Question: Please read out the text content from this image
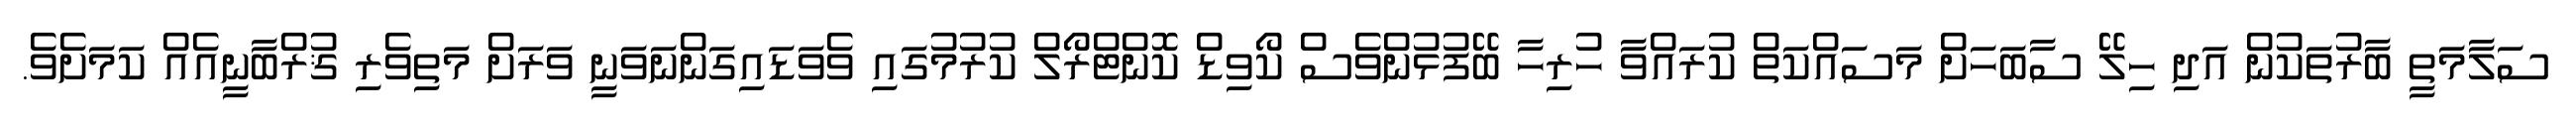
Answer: ސަލާމަތީ ބާރުތަކުން އަދި ހިލޭ ސާބަހަށް މަސައްކަތް ކުރައްވާ ހުރިހާ ބޭފުޅުންވެސް ކޯވިޑް ކޮންޓްރޯލް ކުރުމުގައި ވެވަޑައިގަންނަވަނީ ވަރަށް މަތިވެރި ޤުރްބާނީއެއް ކަމަށެވެ.